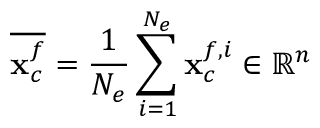
\overline { { { \bf x } _ { c } ^ { f } } } = \frac { 1 } { N _ { e } } \sum _ { \substack { i = 1 } } ^ { N _ { e } } { { \bf x } _ { c } ^ { f , i } } \in \mathbb { R } ^ { n }